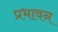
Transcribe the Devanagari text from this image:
प्रभावन